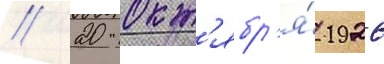
// 20 окт'ябр'я́ 1926